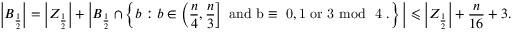
\left| B _ { \frac { 1 } { 2 } } \right| = \left| Z _ { \frac { 1 } { 2 } } \right| + \bigg | B _ { \frac { 1 } { 2 } } \cap \left\{ b : b \in \left( \frac { n } { 4 } , \frac { n } { 3 } \right] \mathrm { ~ a n d ~ b \equiv ~ 0 , 1 ~ o r ~ 3 \! \! \! \! \mod ~ 4 ~ . } \right\} \bigg | \leqslant \left| Z _ { \frac { 1 } { 2 } } \right| + \frac { n } { 1 6 } + 3 .